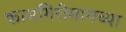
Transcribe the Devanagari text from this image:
कामगिरीमागच्या